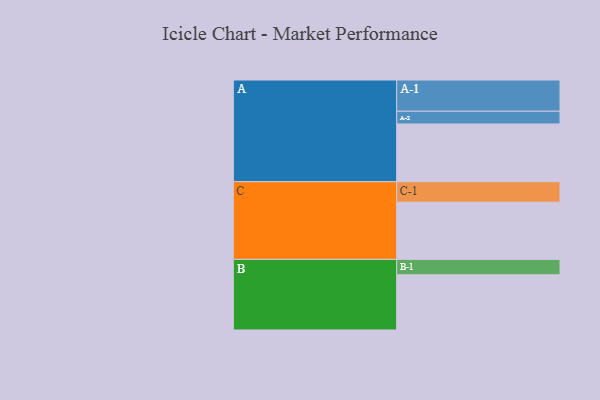
{"axis": {"x": "Segment", "y": "Value"}, "legend": ["", "A", "B", "C"], "data": [{"x": "A", "y": 544, "type": ""}, {"x": "B", "y": 520, "type": ""}, {"x": "C", "y": 539, "type": ""}, {"x": "A-1", "y": 294, "type": "A"}, {"x": "A-2", "y": 120, "type": "A"}, {"x": "B-1", "y": 145, "type": "B"}, {"x": "C-1", "y": 193, "type": "C"}]}